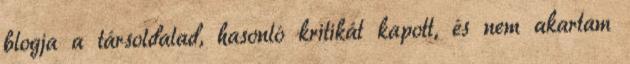
blogja a társoldalad, hasonló kritikát kapott, és nem akartam